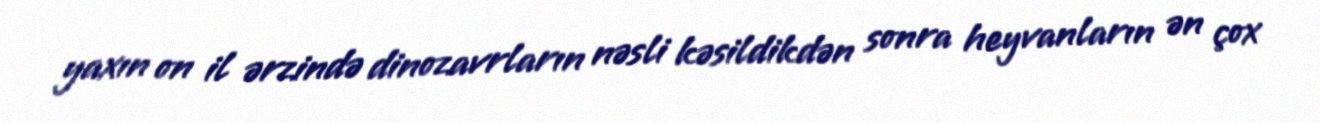
yaxın on il ərzində dinozavrların nəsli kəsildikdən sonra heyvanların ən çox